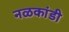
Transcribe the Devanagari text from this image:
नळकांडी